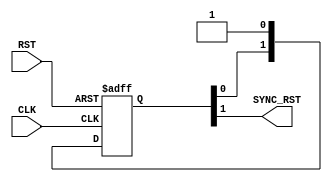
module RST_SYNC #(
    // Parameters
    parameter  NUM_STAGES = 2
) (
    // I/O Ports
    input  wire CLK, RST,
    output wire SYNC_RST
);

// Internal signal
reg [NUM_STAGES - 1 : 0] internal_RST;

// Synchronize the de-assertion of the asynchronous reset with respect to the clock domain
always @(posedge CLK or negedge RST) begin
    // Active Low Asynchronous Reset
    if(!RST) begin
        internal_RST <= 'b0;
    end
    else begin
        /*
         * NUM_STAGES = 2
         * Fisrt CLK:
         * internal_RST[0] = 1
         * internal_RST[1] = 0 --> SYNC_RST = 0
         * Second CLK:
         * internal_RST[0] = 1
         * internal_RST[1] = 1 --> SYNC_RST = 1
         */
        internal_RST <= {internal_RST[NUM_STAGES - 2 : 0] , 1'b1};
    end
end

// SYNC_RST = The last bit of internal_RST
assign SYNC_RST = internal_RST[NUM_STAGES - 1];
    
endmodule